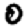
Digit: 0